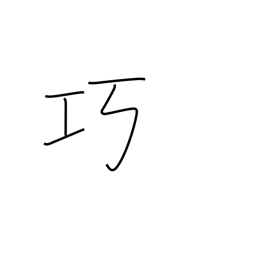
Meaning: adroit